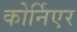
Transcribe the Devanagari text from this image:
कोर्निएर